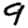
Digit: 9